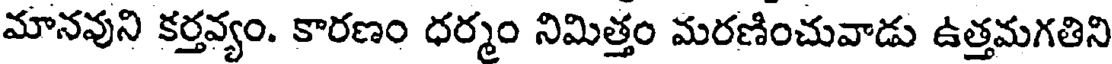
మానవుని కర్తవ్యం. కారణం ధర్మం నిమిత్తం మరణించువాడు ఉత్తమగతిని